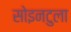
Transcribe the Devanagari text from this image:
सोइनटुला